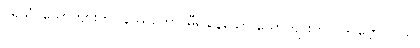
ပုရိသံ၊ ယောကျ်ားကို။ နိဿိတော၊ မှီ၍နေသော ယောကျ်ားကို။ (ဒဋ္ဌဗ္ဗော) ဝိယ၊